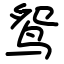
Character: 鸳